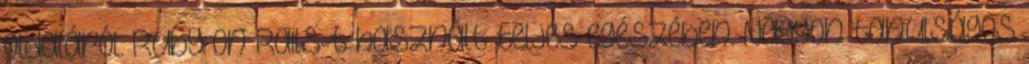
oldaláról. Ruby on Rails-t használt teljes egészében. Nagyon tanulságos